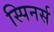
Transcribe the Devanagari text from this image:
स्पिनर्स